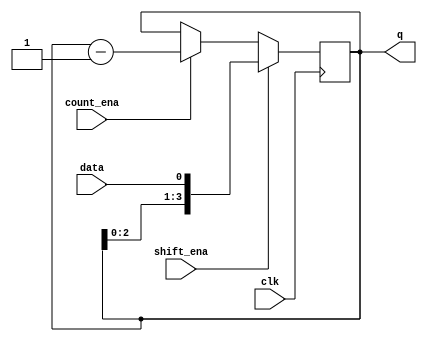
module top_module (
    input clk,
    input shift_ena,
    input count_ena,
    input data,
    output [3:0] q);
    
    always@(posedge clk)begin
        if(shift_ena)begin
            q <= {q[2:0], data};
        end
        else if(count_ena)begin
            q <= q - 1'b1;
        end
    end

endmodule